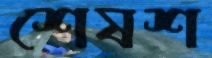
শেষশ